Cholera in India, 1862 to 1881
Year: 1862
Disease focus: Cholera
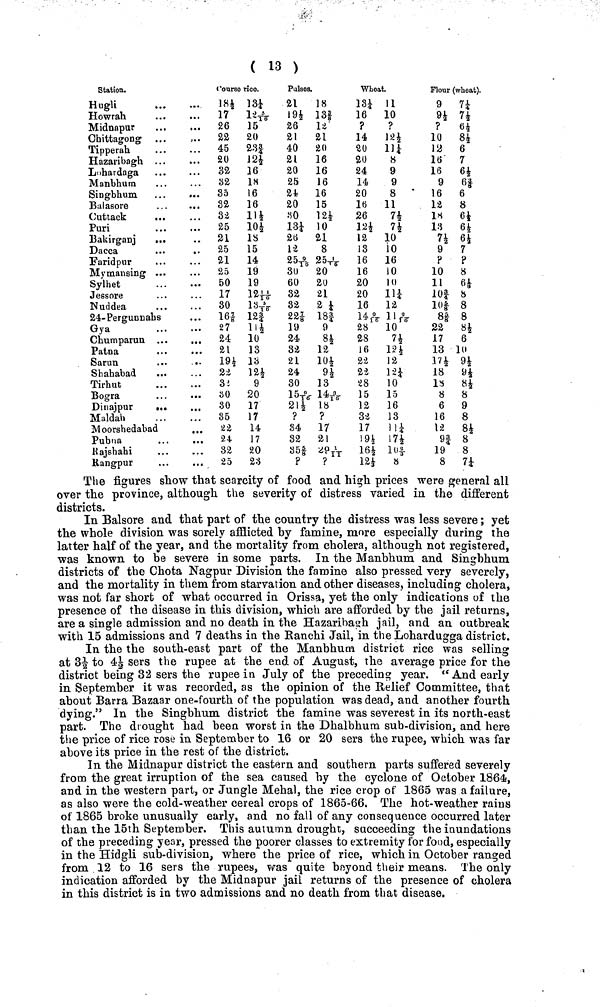
( 13 )
Station.
Hugli
Howrah
Midnapur
Chittagong ...
Tipperah
Hazaribagh
Lohardaga
Manbhum
Singbhum ...
.
Balasore
Cuttack
...
Puri
Bakirganj
...
Dacca
Faridpur
Mymansing
Sylhet
Jessore
Nuddea
24-Pergunnahs
Gya
Champaran ...
Patna
Sarun
Shahabad
...
Tirhut
Bogra
Dinajpur
...
Maldah
Moorshedabad
Pubna
Rajshahi
Rangpur
Course rice.
184
17
26
22
45
20
32
32
85
3a
32
25
2l
25
21
25
50
17
30
161
27
24
21
19½
22
32
30
30
35
22
24
32
25
13
l2
15
20
a3|
124
16
18
16
16
114
104
18
15
14
19
19
12 11/10
13 5/16
12|
l1½
10
13
13
12½
9
20
17
17
14
17
20
23
Pulses.
21
19½
26
21
40
21
20
25
24
20
30
13¼
26
12
25 9/16
30
60
32
32
22 |
19
24
32
2l
24
30
15 9/16
21½
?
34
32
35 5/8
?
Wheat.
18
13 |
l2
21
20
16
16
16
16
15
12½
10
21
8
25 1/16
20
20
2l
2¼
18|
9
8*
la
10¼
9*
13
14 3/16
18
?
17
21
29 1/11
?
13¼
16
?
14
20
20
24
14
20
16
26
124
12
13
16
16
20
20
16
14 9/16
28
28
16
22
22
28
15
12
32
17
194
164
12
11
10
?
12
Ht
8
9
9
8
11
n
74
10
10
16
10
10
11¼
la
11 2/16
10
n
124 12
12½
10
15
16
13
11
17½
10 2/3
H
Flour (wheat).
9
94
?
10
12
16
16
9
16
12
18
1«
7½
9
?
10
11
10
10 5/8
8 5/8
2a
17
13
17½
18
18
8
6
16
12
9|
19
8
7¼
6½
8½
6
7
6½
6 9/8
6
8
6
6k
64
7
?
8
β*
8
8
8¼
84
6
10
94
94
8¼
8
9
8
84
8
8
7*
The figures show that scarcity of food and high prices were general all
over the province, although the severity of distress varied in the different
districts.
In Balsore and that part of the country the distress was less severe ; yet
the whole division was sorely afflicted by famine, more especially during the
latter half of the year, and the mortality from cholera, although not registered,
was known to be severe in some parts. In the Manbhum and Singbhum
districts of the Chota Nagpur Division the famine also pressed very severely,
and the mortality in them from starvation and other diseases, including cholera,
was not far short of what occurred in Orissa, yet the only indications of the
presence of the disease in this division, which are afforded by the jail returns,
are a single admission and no death in the Hazaribagh jail, and an outbreak
with 15 admissions and 7 deaths in the Ranchi Jail, in the Lohardugga district.
In the the south-east part of the Manbhum district rice was selling
at 3½to 4½ sers the rupee at the end of August, the average price for the
district being 32 sers the rupee in July of the preceding year. " And early
in September it was recorded, as the opinion of the Relief Committee, that
about Barra Bazaar one-fourth of the population was dead, and another fourth
dying." In the Singbhum district the famine was severest in its north-east
part. The drought had been worst in the "Dhalbhum sub-division, and here
the price of rice rose in September to 16 or 20 sers the rupee, which was far
above its price in the rest of the district.
In the Midnapur district the eastern and southern parts suffered severely
from the great irruption of the sea caused by the cyclone of October 1864,
and in the western part, or Jungle Mehal, the rice crop of 1865 was a failure,
as also were the cold-weather cereal crops of 1865-66. The hot-weather rains
of 1865 broke unusually early, and no fall of any consequence occurred later
than the 15th September. This autumn drought, succeeding the inundations
of the preceding year, pressed the poorer classes to extremity for food, especially
in the Hidgli sub-division:, where the price of rice, which in October ranged
from 12 to 16 sers the rupees, was quite beyond their means. The only
indication afforded by the Midnapur jail returns of the presence of cholera
in this district is in two admissions and no death from that disease.